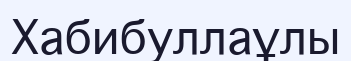
Хабибуллаұлы